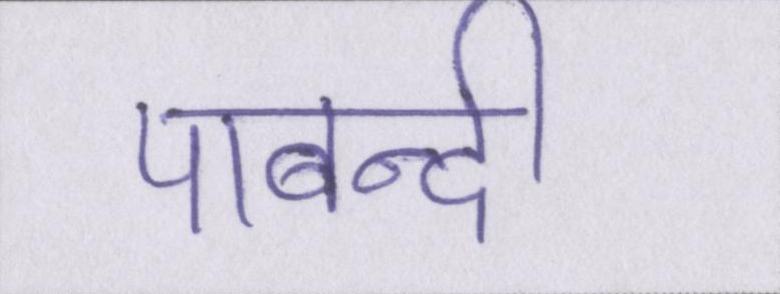
पाबन्दी